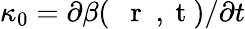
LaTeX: \kappa_{0}=\partial\beta(\mathrm{~{~\mathbf~r~}~,~t~})/\partial t